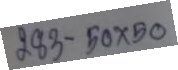
283 - 50 x 50